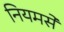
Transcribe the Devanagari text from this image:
नियमसे